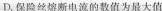
D.保险丝熔断电流的数值为最大值